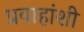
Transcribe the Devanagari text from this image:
प्रवाहांशी